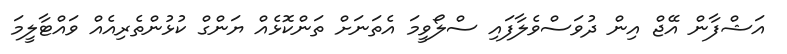
އަޝްފާން އޭޖް އިން ދުވަސްވެލާފައި ސްލޯވީމަ އެތަނަށް ތަންކޮޅެއް ޔަންގް ކުޅުންތެރިއެއް ވައްޓާލީމަ